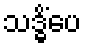
သဒ္ဓိံပေ